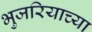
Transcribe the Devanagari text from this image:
भुजरियाच्या